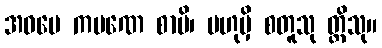
အဓမေ ကပဏေ စာပိ၊ ဗဟုမှိ စတူသု တ္တိသု။